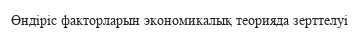
Өндіріс факторларын экономикалық теорияда зерттелуі